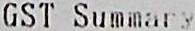
GST SUMMARY